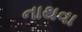
નાથવા